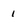
Character: 1